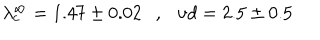
LaTeX: \lambda _ { c } ^ { \infty } = 1 . 4 7 \pm 0 . 0 2 \ \ \ , \ \ \ { { \nu } d } = 2 . 5 \pm 0 . 5